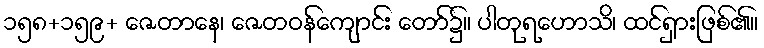
၁၅၈+၁၅၉+ ဇေတာနေ၊ ဇေတဝန်ကျောင်း တော်၌။ ပါတုရဟောသိ၊ ထင်ရှားဖြစ်၏။